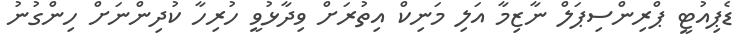
ޑެޕިއުޓީ ޕްރިންސިޕަލް ނާޒިމާ އަލި މަނިކް އިތުރަށް ވިދާޅުވީ ހުރިހާ ކުދިންނަށް ހިންގުނު